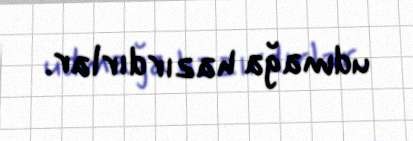
udmağa hazırdırlar.